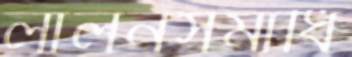
লালনসমাধি